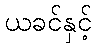
ယခင်နှင့်